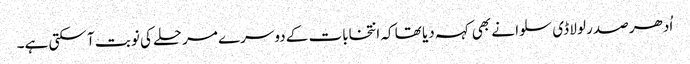
اُدھر صدر لولا ڈی سلوا نے بھی کہہ دیا تھا کہ انتخابات کے دوسرے مرحلے کی نوبت آ سکتی ہے۔